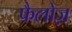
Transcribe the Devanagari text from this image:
फैलोज़